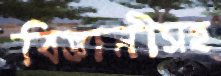
বিজ্ঞানীসহ